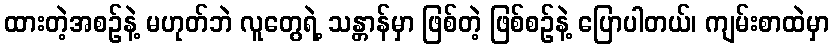
ထားတဲ့အစဉ်နဲ့ မဟုတ်ဘဲ လူတွေရဲ့ သန္တာန်မှာ ဖြစ်တဲ့ ဖြစ်စဉ်နဲ့ ပြောပါတယ်၊ ကျမ်းစာထဲမှာ